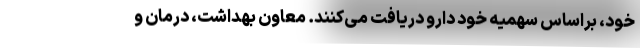
خود، براساس سهمیه خود دارو دریافت می‌کنند. معاون بهداشت، درمان و